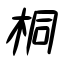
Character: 桐